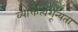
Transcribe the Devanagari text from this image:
व्यक्तित्वशून्यता